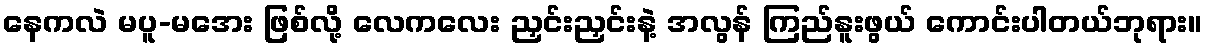
နေကလဲ မပူ-မအေး ဖြစ်လို့ လေကလေး ညှင်းညှင်းနဲ့ အလွန် ကြည်နူးဖွယ် ကောင်းပါတယ်ဘုရား။